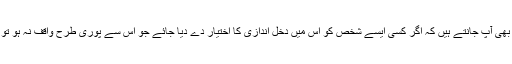
ایک معمولی مشین کے متعلق بھی آپ جانتے ہیں کہ اگر کسی ایسے شخص کو اس میں دخل اندازی کا اختیار دے دیا جائے جو اس سے پوری طرح واقف نہ ہو تو وہ اسے بگاڑ کر رکھ دے گا۔